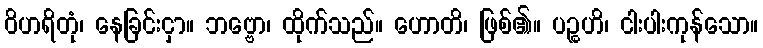
ဝိဟရိတုံ၊ နေခြင်းငှာ။ ဘဗ္ဗော၊ ထိုက်သည်။ ဟောတိ၊ ဖြစ်၏။ ပဉ္စဟိ၊ ငါးပါးကုန်သော။